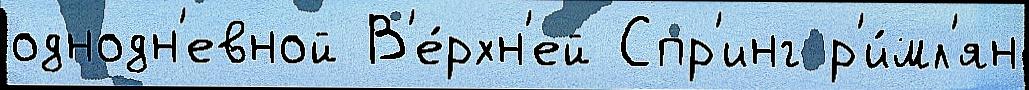
однодн'евной В'е́рхн'ей Спр'инг р'и́мл'ян